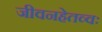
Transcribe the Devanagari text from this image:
जीवनहेतव्वः